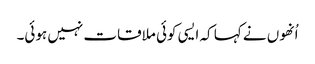
اُنھوں نے کہا کہ ایسی کوئی ملاقات نہیں ہوئی۔